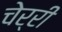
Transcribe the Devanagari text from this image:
चेर्री